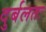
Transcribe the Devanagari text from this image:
दुर्बलतः